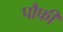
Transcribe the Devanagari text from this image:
पौफी